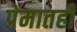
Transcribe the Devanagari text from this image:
प्रेमातही